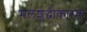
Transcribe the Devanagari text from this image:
मलशुद्धीकारक